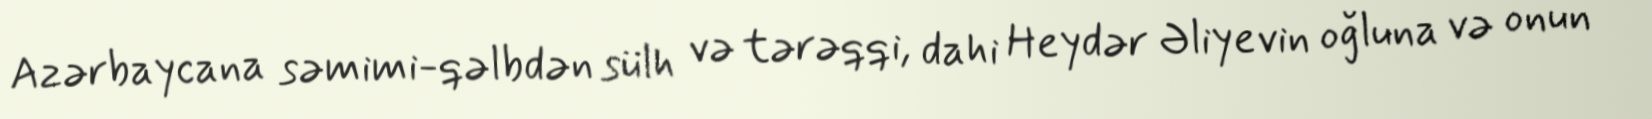
Azərbaycana səmimi-qəlbdən sülh və tərəqqi, dahi Heydər Əliyevin oğluna və onun